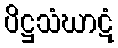
ပိဋ္ဌသံဃာဋံ